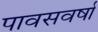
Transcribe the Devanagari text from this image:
पावसवर्षा